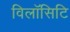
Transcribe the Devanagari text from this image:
विलॉसिटि